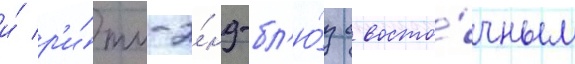
и́ р'и́тм-э́нд-бл'ю́з с восто́чным